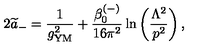
2 { \widetilde a } _ { - } = { \frac { 1 } { g _ { \mathrm { { \small Y M } } } ^ { 2 } } } + { \frac { \beta _ { 0 } ^ { ( - ) } } { 1 6 \pi ^ { 2 } } } \ln \left( { \frac { \Lambda ^ { 2 } } { p ^ { 2 } } } \right) ,